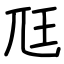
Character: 尫